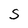
Character: S